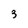
Character: 3